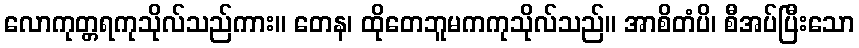
လောကုတ္တရကုသိုလ်သည်ကား။ တေန၊ ထိုတေဘူမကကုသိုလ်သည်။ အာစိတံပိ၊ စီအပ်ပြီးသော